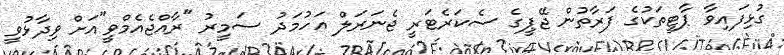
ގުޅިފައިވާ ޕާޓީތަކުގެ ފަރާތުން ޖޭޕީގެ ސެކަރެޓަރީ ޖެނަރަލް އަހުމަދު ސަމީރު "ރާއްޖެއެމްވީ"އަށް ވިދާޅުވީ